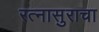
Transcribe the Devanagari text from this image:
रत्नासुराचा